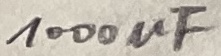
Text: 1000uF